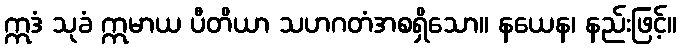
ဣဒံ သုခံ ဣမာယ ပီတိယာ သဟဂတံအစရှိသော။ နယေန၊ နည်းဖြင့်။